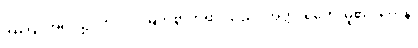
အကြင်အရပ်၌။ ဘဂဝါ၊ မြတ်စွာဘုရားသည်။ အတ္ထိ၊ ရှိတော်မူ၏။ တေန၊